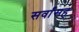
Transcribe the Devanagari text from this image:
सर्वांसह